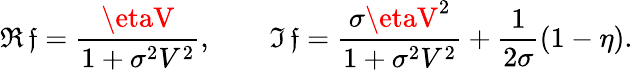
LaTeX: \Re\, \mathfrak{f}={\frac{{\etaV}}{{1+\sigma^{2}V^{2}}}},\qquad\Im\, \mathfrak{f}={\frac{{\sigma\etaV^{2}}}{{1+\sigma^{2}V^{2}}}}+{\frac{{1}}{{2\sigma}}}(1-\eta).